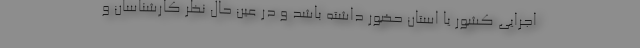
اجرایی کشور یا استان حضور داشته باشد و در عین حال نظر کارشناسان و